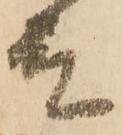
殿